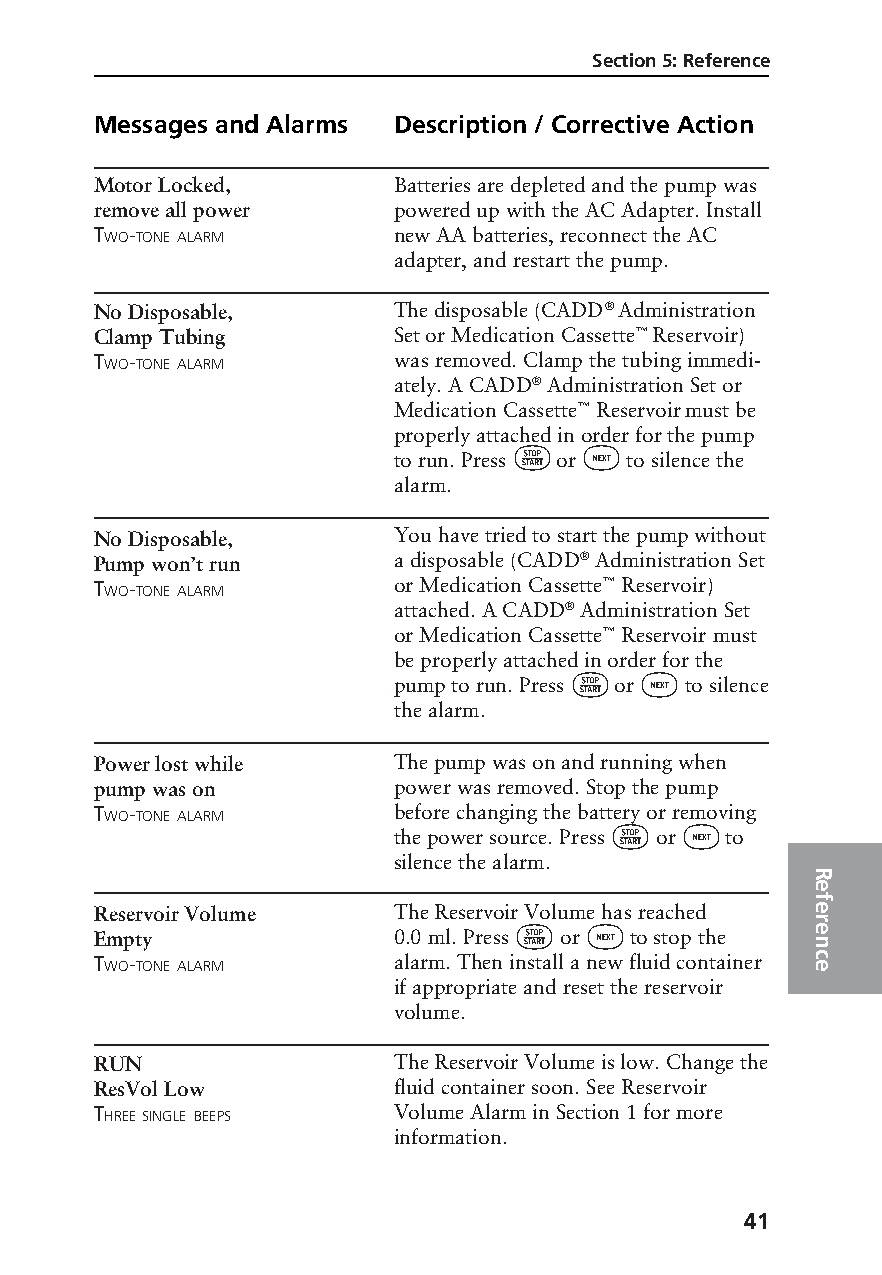
Section 5: Reference
 Messages and Alarms Description / Corrective Action
 Motor Locked,       Batteries are depleted and the pump was
 remove all power    powered up with the AC Adapter. Install
 TWO-TONE ALARM      new AA batteries, reconnect the AC
 adapter, and restart the pump.
 No Disposable,      The disposable (CADD® Administration
 Clamp Tubing        Set or Medication Cassette™ Reservoir)
 TWO-TONE ALARM      was removed. Clamp the tubing immedi-
 ately. A CADD® Administration Set or
 Medication Cassette™ Reservoir must be
 properly attached in order for the pump
 ⁄    „
 to run. Press or to silence the
 alarm.
 No Disposable,      You have tried to start the pump without
 Pump won’t run      a disposable (CADD® Administration Set
 TWO-TONE ALARM      or Medication Cassette™ Reservoir)
 attached. A CADD® Administration Set
 or Medication Cassette™ Reservoir must
 be properly attached in order for the
 ⁄   „
 pump to run. Press or to silence
 the alarm.
 Power lost while    The pump was on and running when
 pump was on         power was removed. Stop the pump
 TWO-TONE ALARM      before changing the battery or removing
 ⁄    „
 the power source. Press or to
 silence the alarm.
 R
 e
 f
 Reservoir Volume    The Reservoir Volume has reached e
 Empty               0.0 ml. Press ⁄ or „ to stop the r e n
 TWO-TONE ALARM      alarm. Then install a new fluid container c e
 if appropriate and reset the reservoir
 volume.
 RUN                 The Reservoir Volume is low. Change the
 ResVol Low          fluid container soon. See Reservoir
 THREE SINGLE BEEPS  Volume Alarm in Section 1 for more
 information.
 41
 PROOF (LR #3086), 2000-03-16 «3935-51D Manual, Legacy 1»